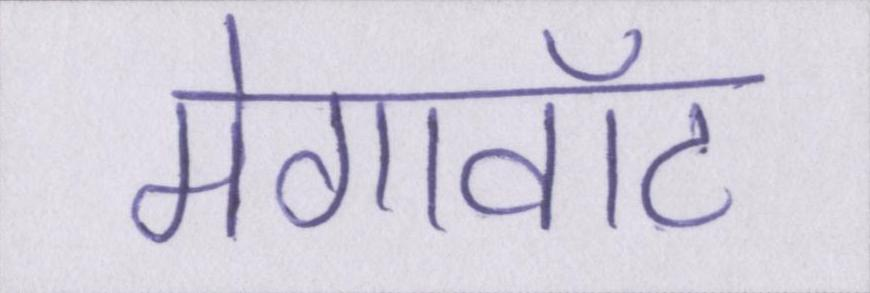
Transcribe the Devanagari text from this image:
मेगावॉट